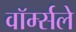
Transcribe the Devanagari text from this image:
वॉर्म्सले